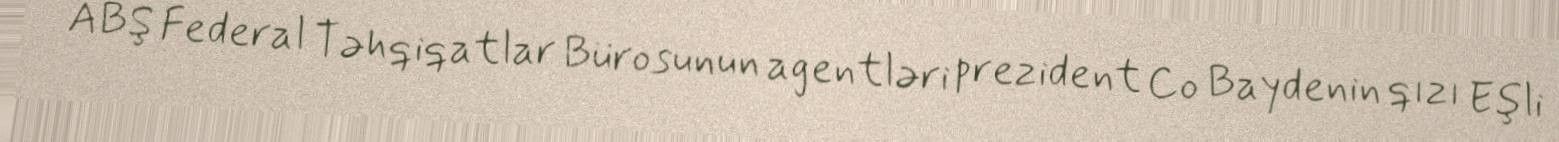
ABŞ Federal Təhqiqatlar Bürosunun agentləri prezident Co Baydenin qızı Eşli